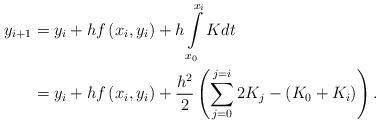
LaTeX: \begin{align*}y_{i+1}& =y_{i}+hf\left( x_{i},y_{i}\right) +h\int\limits_{x_{0}}^{x_{i}}Kdt\\& =y_{i}+hf\left( x_{i},y_{i}\right) +\frac{h^{2}}{2}\left(\sum\limits_{j=0}^{j=i}2K_{j}-\left( K_{0}+K_{i}\right) \right) .\end{align*}